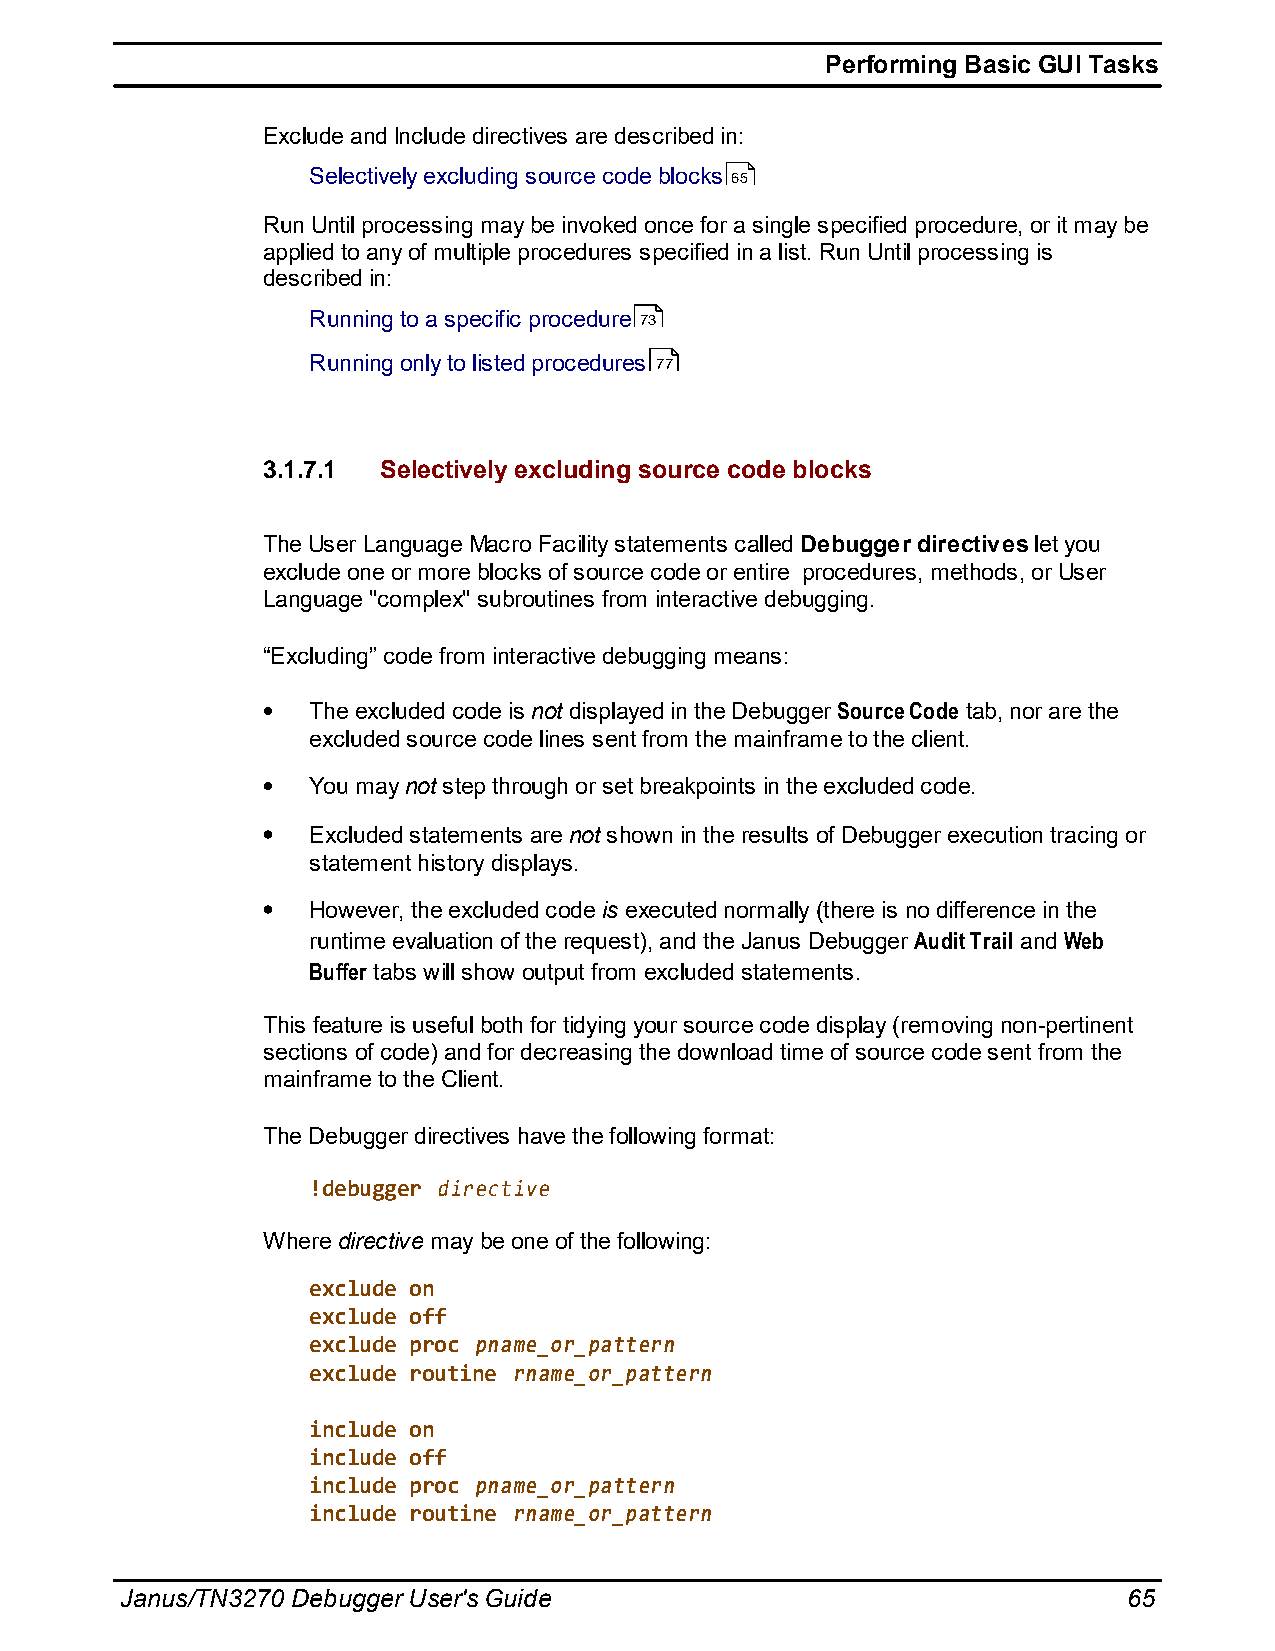
Performing Basic GUI Tasks
 Exclude and Include directives are described in:
 Selectively excluding source code blocks 65
 Run Until processing may be invoked once for a single specified procedure, or it may be
 applied to any of multiple procedures specified in a list. Run Until processing is
 described in:
 Running to a specific procedure 73
 Running only to listed procedures 77
 3.1.7.1 Selectively excluding source code blocks
 The User Language Macro Facility statements called Debugger directives let you
 exclude one or more blocks of source code or entire procedures, methods, or User
 Language "complex" subroutines from interactive debugging.
 “Excluding” code from interactive debugging means:
 The excluded code is not displayed in the Debugger Source Code tab, nor are the
 excluded source code lines sent from the mainframe to the client.
 You may not step through or set breakpoints in the excluded code.
 Excluded statements are not shown in the results of Debugger execution tracing or
 statement history displays.
 However, the excluded code is executed normally (there is no difference in the
 runtime evaluation of the request), and the Janus Debugger Audit Trail and Web
 Buffer tabs will show output from excluded statements.
 This feature is useful both for tidying your source code display (removing non-pertinent
 sections of code) and for decreasing the download time of source code sent from the
 mainframe to the Client.
 The Debugger directives have the following format:
 !debugger directive
 Where directive may be one of the following:
 exclude on
 exclude off
 exclude proc pname_or_pattern
 exclude routine rname_or_pattern
 include on
 include off
 include proc pname_or_pattern
 include routine rname_or_pattern
 Janus/TN3270 Debugger User's Guide                                 65